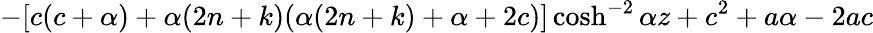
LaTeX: -[c(c+\alpha)+\alpha(2n+k)(\alpha(2n+k)+\alpha+2c)]\cosh^{-2}{\alpha z}+c^{2}+a\alpha-2ac